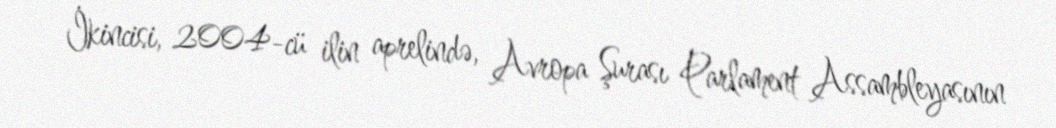
İkincisi, 2004-cü ilin aprelində, Avropa Şurası Parlament Assambleyasının